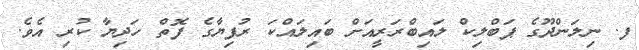
ފ. ނިލަންދޫގެ ޕަބްލިކް ލައިބްރަރީއަށް ބައިލައްކަ ރުފިޔާގެ ފޮތް ހަދިޔާ ކުރި އެވެ.